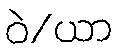
ဝဲ/ယာ